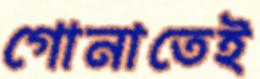
গোনাতেই